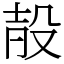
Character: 㱿